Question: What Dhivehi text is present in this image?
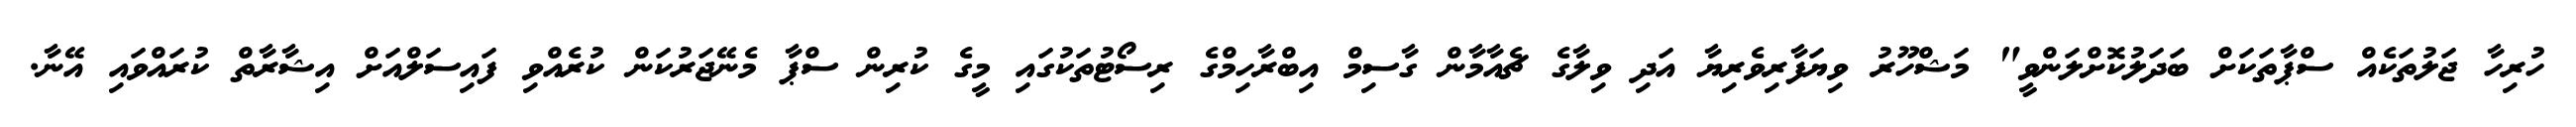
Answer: ހުރިހާ ޖަލުތަކެއް ސްޕާތަކަށް ބަދަލުކޮށްލަންވީ" މަޝްހޫރު ވިޔަފާރިވެރިޔާ އަދި ވިލާގެ ޗެއާމާން ގާސިމް އިބްރާހިމްގެ ރިސޯޓުތަކުގައި މީގެ ކުރިން ސްޕާ މެނޭޖަރުކަން ކުރެއްވި ފައިސަލްއަށް އިޝާރާތް ކުރައްވައި އޭނާ.